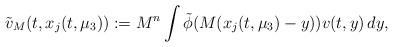
LaTeX: \begin{align*}\tilde{v}_{M}(t,x_{j}(t,\mu_{3})) := M^{n} \int \tilde{\phi}(M(x_{j}(t,\mu_{3})-y)) v(t,y) \, dy,\end{align*}